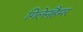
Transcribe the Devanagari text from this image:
गिलेनहैमर